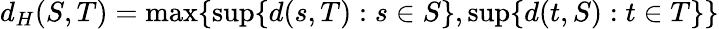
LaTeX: d_{H}(S,T)=\operatorname*{max}\{ \operatorname*{sup}\{ d(s,T):s\in S\} ,\operatorname*{sup}\{ d(t,S):t\in T\} \}